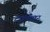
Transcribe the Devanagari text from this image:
टकंकार